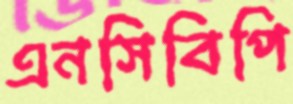
এনসিবিপি